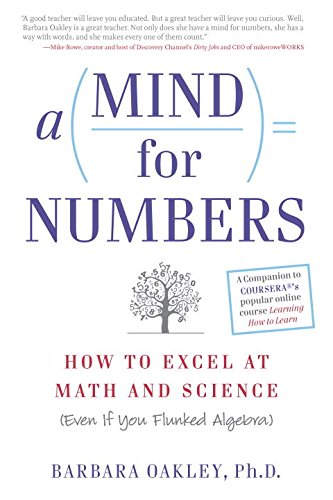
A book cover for A Mind for Numbers: How to Excel at Math and Science (Even If You Flunked Algebra); Barbara Oakley; Test Preparation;